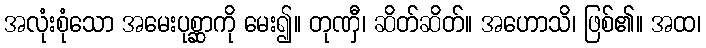
အလုံးစုံသော အမေးပုစ္ဆာကို မေး၍။ တုဏှီ၊ ဆိတ်ဆိတ်။ အဟောသိ၊ ဖြစ်၏။ အထ၊